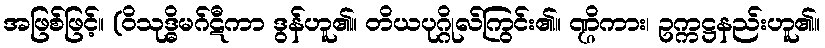
အဖြစ်ဖြင့်။ (ဝိသုဒ္ဓိမဂ်ဋီကာ ဒွန်ဟူ၏။ တိယပုဂ္ဂိုလ်ကြွင်း၏။ ဏ္ဌိကား၊ ဥက္ကဋ္ဌနည်းဟူ၏။